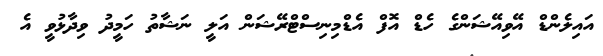
އައިލެންޑް އޭވިއޭޝަންގެ ހެޑް އޮފް އެޑްމިނިސްޓްރޭޝަން އަލީ ނަޝާތު ހަމީދު ވިދާޅުވީ އެ